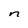
Character: n